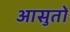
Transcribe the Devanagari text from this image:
आसुतों